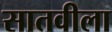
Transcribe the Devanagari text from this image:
सातवीला